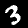
Digit: 3